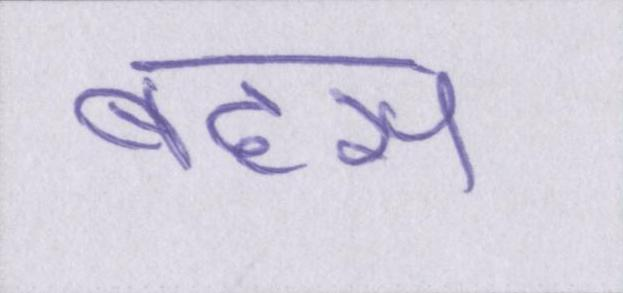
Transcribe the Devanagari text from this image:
बहस